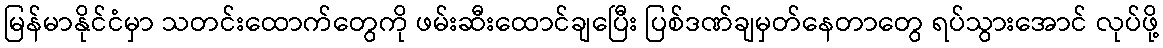
မြန်မာနိုင်ငံမှာ သတင်းထောက်တွေကို ဖမ်းဆီးထောင်ချပြေီး ပြစ်ဒဏ်ချမှတ်နေတာတွေ ရပ်သွားအောင် လုပ်ဖို့